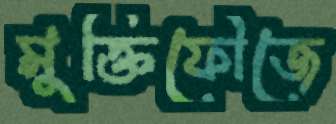
মুক্তিফৌজে